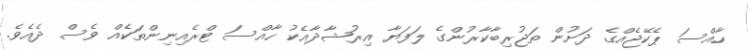
ހާއްސަ ޕެކޭޖެއްގެ ދަށުން ތަޖުރިބާކާރުންގެ ލަފަޔާ އިރުޝާދާއެކު ހާއްސަ ޓްރެއިނިންތަކެއް ވެސް ދެއެވެ.